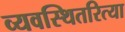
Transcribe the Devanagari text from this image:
व्यवस्थितरित्या